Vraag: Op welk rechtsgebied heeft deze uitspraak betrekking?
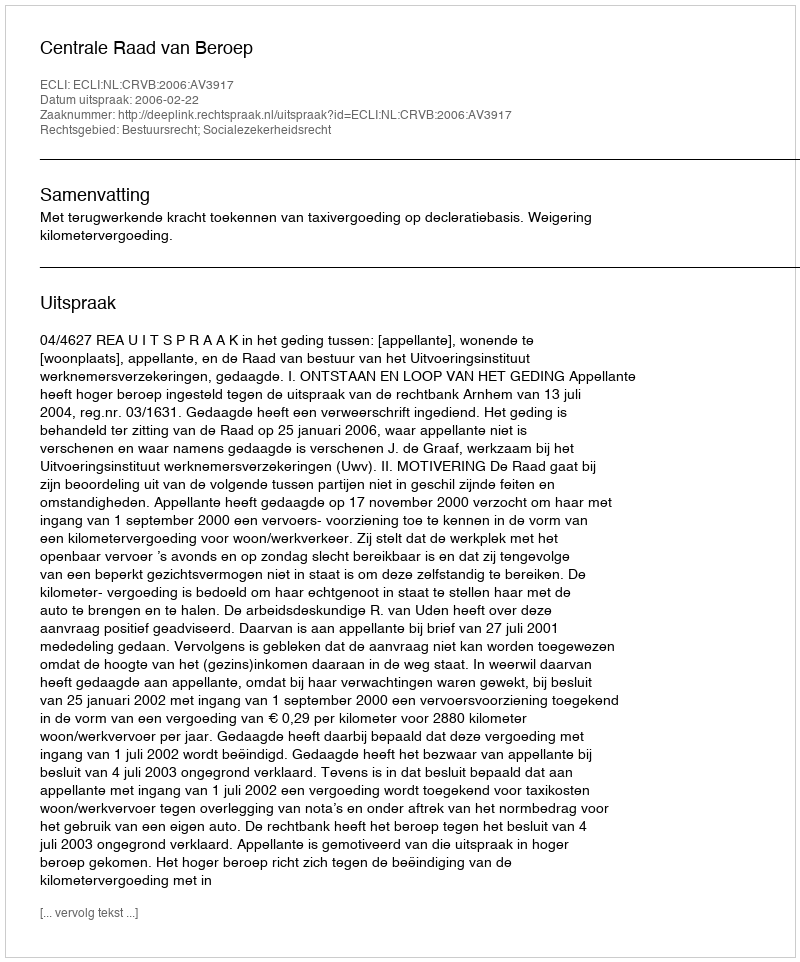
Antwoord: Bestuursrecht; Socialezekerheidsrecht